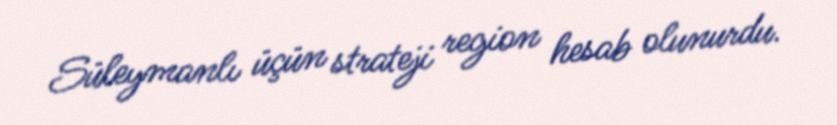
Süleymanlı üçün strateji region hesab olunurdu.